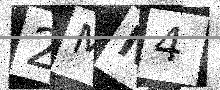
Text: 2MN4